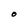
Character: O